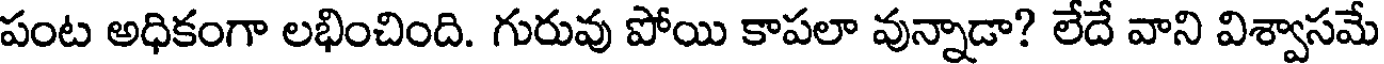
పంట అధికంగా లభించింది. గురువు పోయి కాపలా వున్నాడా? లేదే వాని విశ్వాసమే